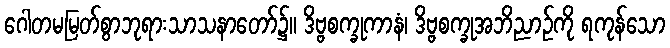
ဂေါတမမြတ်စွာဘုရားသာသနာတော်၌။ ဒိဗ္ဗစက္ခုကာနံ၊ ဒိဗ္ဗစက္ခုအဘိညာဉ်ကို ရကုန်သော